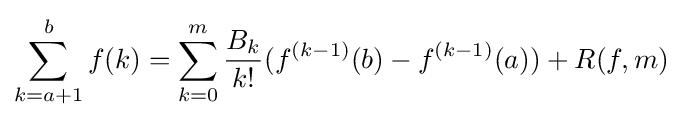
\sum _{k=a+1}^{b}f(k)=\sum _{k=0}^{m}{\frac {B_{k}}{k!}}(f^{(k-1)}(b)-f^{(k-1)}(a))+R(f,m)